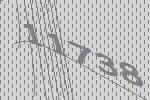
11738